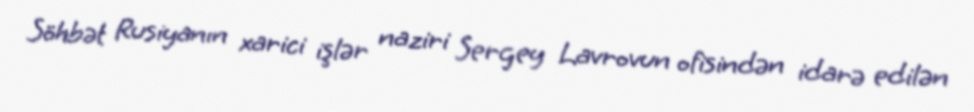
Söhbət Rusiyanın xarici işlər naziri Sergey Lavrovun ofisindən idarə edilən